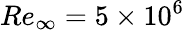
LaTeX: Re_{\infty}=5\times 10^{6}